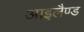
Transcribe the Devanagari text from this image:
आइलैण्‍ड